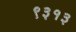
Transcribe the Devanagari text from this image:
९३१३